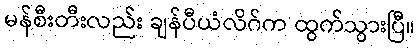
မန်စီးတီးလည်း ချန်ပီယံလိဂ်က ထွက်သွားပြီ။